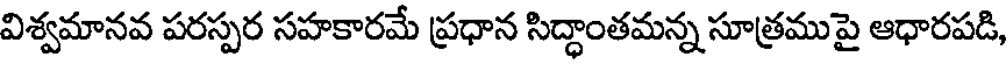
విశ్వమానవ పరస్పర సహకారమే ప్రధాన సిద్ధాంతమన్న సూత్రముపై ఆధారపడి,